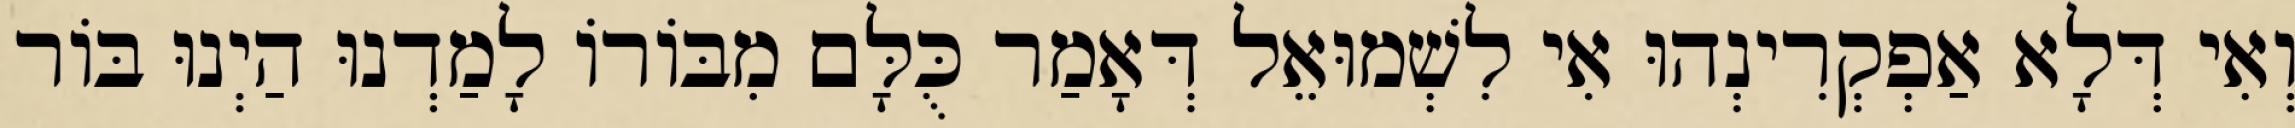
וְאִי דְּלָא אַפְקְרִינְהוּ אִי לִשְׁמוּאֵל דְּאָמַר כֻּלָּם מִבּוֹרוֹ לָמַדְנוּ הַיְנוּ בּוֹר